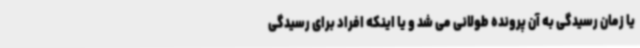
یا زمان رسیدگی به آن پرونده طولانی می شد و یا اینکه افراد برای رسیدگی